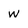
Character: w